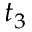
t _ { 3 }